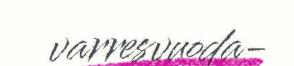
varresvuoda-